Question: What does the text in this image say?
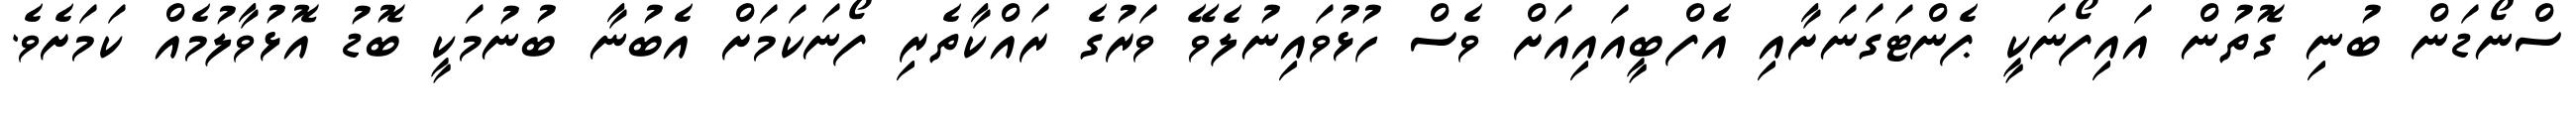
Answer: ސްނޯޑަން ބުނި ގޮތުން އައިފޯނަކީ ޕެންޓަގަނަށާއި އެފްބީއައިއަށް ވެސް ހުޅުވައިނުލެވޭ ވަރުގެ ރައްކާތެރި ފޯނަކަމަށް އެބުނާ ބުނުމަކީ ބޮޑު އޮޅުވާލުމެއް ކަމަށެވެ.